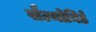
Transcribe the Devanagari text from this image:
सैल्मोनिडे